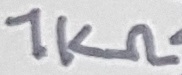
Text: 1KΩ